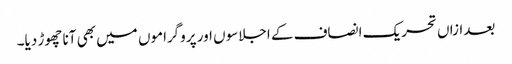
بعدازاں تحریک انصاف کے اجلاسوں اور پروگراموں میں بھی آنا چھوڑ دیا۔